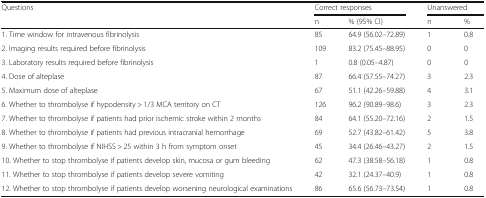
<table><thead><tr><td rowspan="2"><b>Questions</b></td><td colspan="2"><b>Correct responses</b></td><td colspan="2"><b>Unanswered</b></td></tr><tr><td><b>n</b></td><td><b>% (95% CI)</b></td><td><b>n</b></td><td><b>%</b></td></tr></thead><tbody><tr><td>1. Time window for intravenous fibrinolysis</td><td>85</td><td>64.9 (56.02–72.89)</td><td>1</td><td>0.8</td></tr><tr><td>2. Imaging results required before fibrinolysis</td><td>109</td><td>83.2 (75.45–88.95)</td><td>0</td><td>0</td></tr><tr><td>3. Laboratory results required before fibrinolysis</td><td>1</td><td>0.8 (0.05–4.87)</td><td>0</td><td>0</td></tr><tr><td>4. Dose of alteplase</td><td>87</td><td>66.4 (57.55–74.27)</td><td>3</td><td>2.3</td></tr><tr><td>5. Maximum dose of alteplase</td><td>67</td><td>51.1 (42.26–59.88)</td><td>4</td><td>3.1</td></tr><tr><td>6. Whether to thrombolyse if hypodensity &gt; 1/3 MCA territory on CT</td><td>126</td><td>96.2 (90.89–98.6)</td><td>3</td><td>2.3</td></tr><tr><td>7. Whether to thrombolyse if patients had prior ischemic stroke within 2 months</td><td>84</td><td>64.1 (55.20–72.16)</td><td>2</td><td>1.5</td></tr><tr><td>8. Whether to thrombolyse if patients had previous intracranial hemorrhage</td><td>69</td><td>52.7 (43.82–61.42)</td><td>5</td><td>3.8</td></tr><tr><td>9. Whether to thrombolyse if NIHSS &gt; 25 within 3 h from symptom onset</td><td>45</td><td>34.4 (26.46–43.27)</td><td>2</td><td>1.5</td></tr><tr><td>10. Whether to stop thrombolyse if patients develop skin, mucosa or gum bleeding</td><td>62</td><td>47.3 (38.58–56.18)</td><td>1</td><td>0.8</td></tr><tr><td>11. Whether to stop thrombolyse if patients develop severe vomiting</td><td>42</td><td>32.1 (24.37–40.9)</td><td>1</td><td>0.8</td></tr><tr><td>12. Whether to stop thrombolyse if patients develop worsening neurological examinations</td><td>86</td><td>65.6 (56.73–73.54)</td><td>1</td><td>0.8</td></tr></tbody></table>